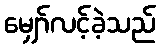
မျှော်လင့်ခဲ့သည်